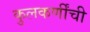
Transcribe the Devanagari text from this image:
कुलकर्णींची